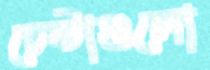
চেষ্টাগুলো